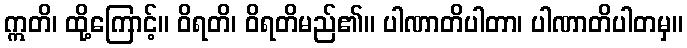
ဣတိ၊ ထို့ကြောင့်။ ဝိရတိ၊ ဝိရတိမည်၏။ ပါဏာတိပါတာ၊ ပါဏာတိပါတမှ။